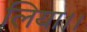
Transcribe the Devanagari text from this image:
लिया।।